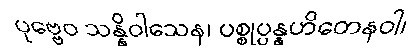
ပုဗ္ဗေဝ သန္နိဝါသေန၊ ပစ္စုပ္ပန္နဟိတေနဝါ၊